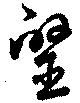
毉